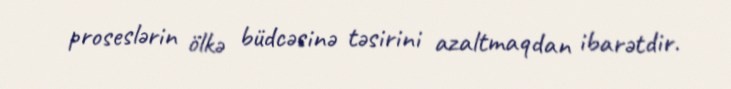
proseslərin ölkə büdcəsinə təsirini azaltmaqdan ibarətdir.